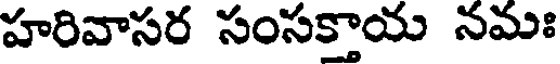
హరివాసర సంసక్తాయ నమః